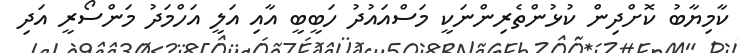
ކާމިޔާބު ކޮށްދިން ކުޅުންތެރިންނަކީ މަސްއައުދު ހަބީބީ އާއި އަލީ އަހްމަދު މަންސޯރީ އަދި